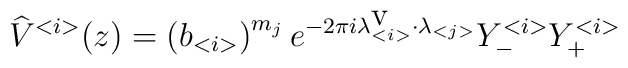
\widehat{V}^{<i>}(z)=\left( b_{<i>}\right) ^{m_{j}}e^{-2\pi i\lambda _{<i>}^{\mbox {v}}\cdot \lambda _{<j>}}Y^{<i>}_{-}Y^{<i>}_{+}